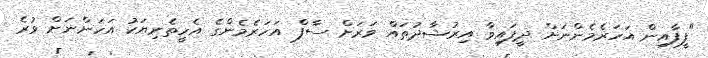
"ފީފާއިން އަހަރެމެންނަށް ދީފައިވާ އިރުޝާދުތައް ވަރަށް ސާފް އަހަރެމެންގެ އެހީތެރިޔަކު އަހަންނަށް ވުރެ